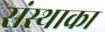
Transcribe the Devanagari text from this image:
संस्‍थाका